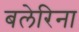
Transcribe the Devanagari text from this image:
बलेरिना